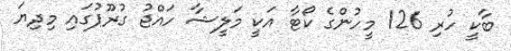
ބާކީ ހުރި 126 މީހުންގެ ކޯޓާ އަކީ މަލީޝާ ހައްޖު ގުރޫޕުގައި މިދިޔަ